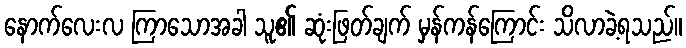
နောက်လေးလ ကြာသောအခါ သူ၏ ဆုံးဖြတ်ချက် မှန်ကန်ကြောင်း သိလာခဲ့ရသည်။